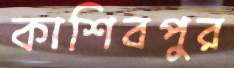
কাশিবপুর